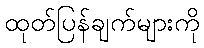
ထုတ်ပြန်ချက်များကို